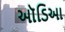
ઑડિઆ